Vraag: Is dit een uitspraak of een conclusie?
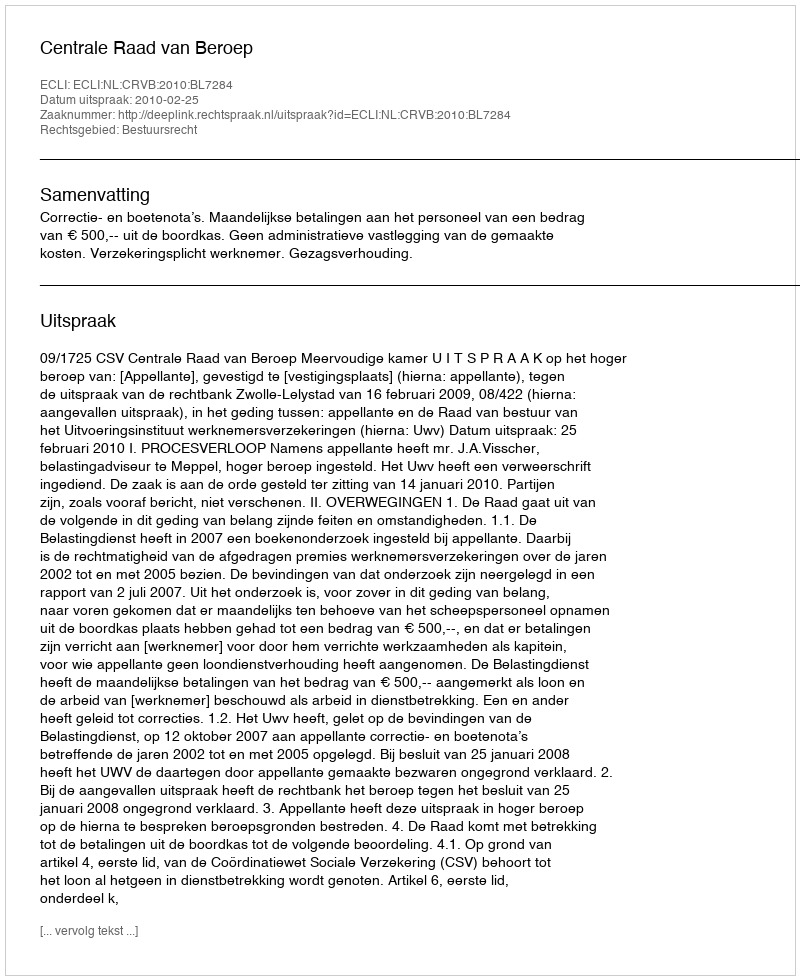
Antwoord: Uitspraak